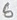
Text: 6